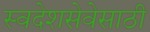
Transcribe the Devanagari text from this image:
स्वदेशसेवेसाठी